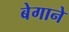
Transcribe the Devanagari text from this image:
बेगाने